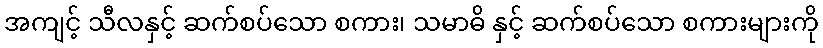
အကျင့် သီလနှင့် ဆက်စပ်သော စကား၊ သမာဓိ နှင့် ဆက်စပ်သော စကားများကို